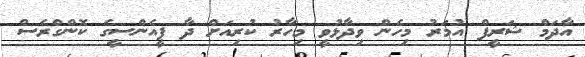
އާދަމް ޝަރީފް އުމަރު މިހެން ވިދާޅުވީ މިހާރު ކުރިއަށް ދާ ޕީއެންސީގެ ކޮންގްރެސް